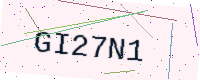
Text: GI27N1